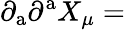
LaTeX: \partial_{\mathrm{a}}\partial^{\mathrm{a}}X_{\mu}=